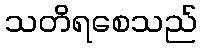
သတိရစေသည်